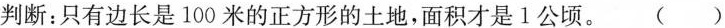
判断：只有边长是100米的正方形的土地，面积才是1公顷。 ()